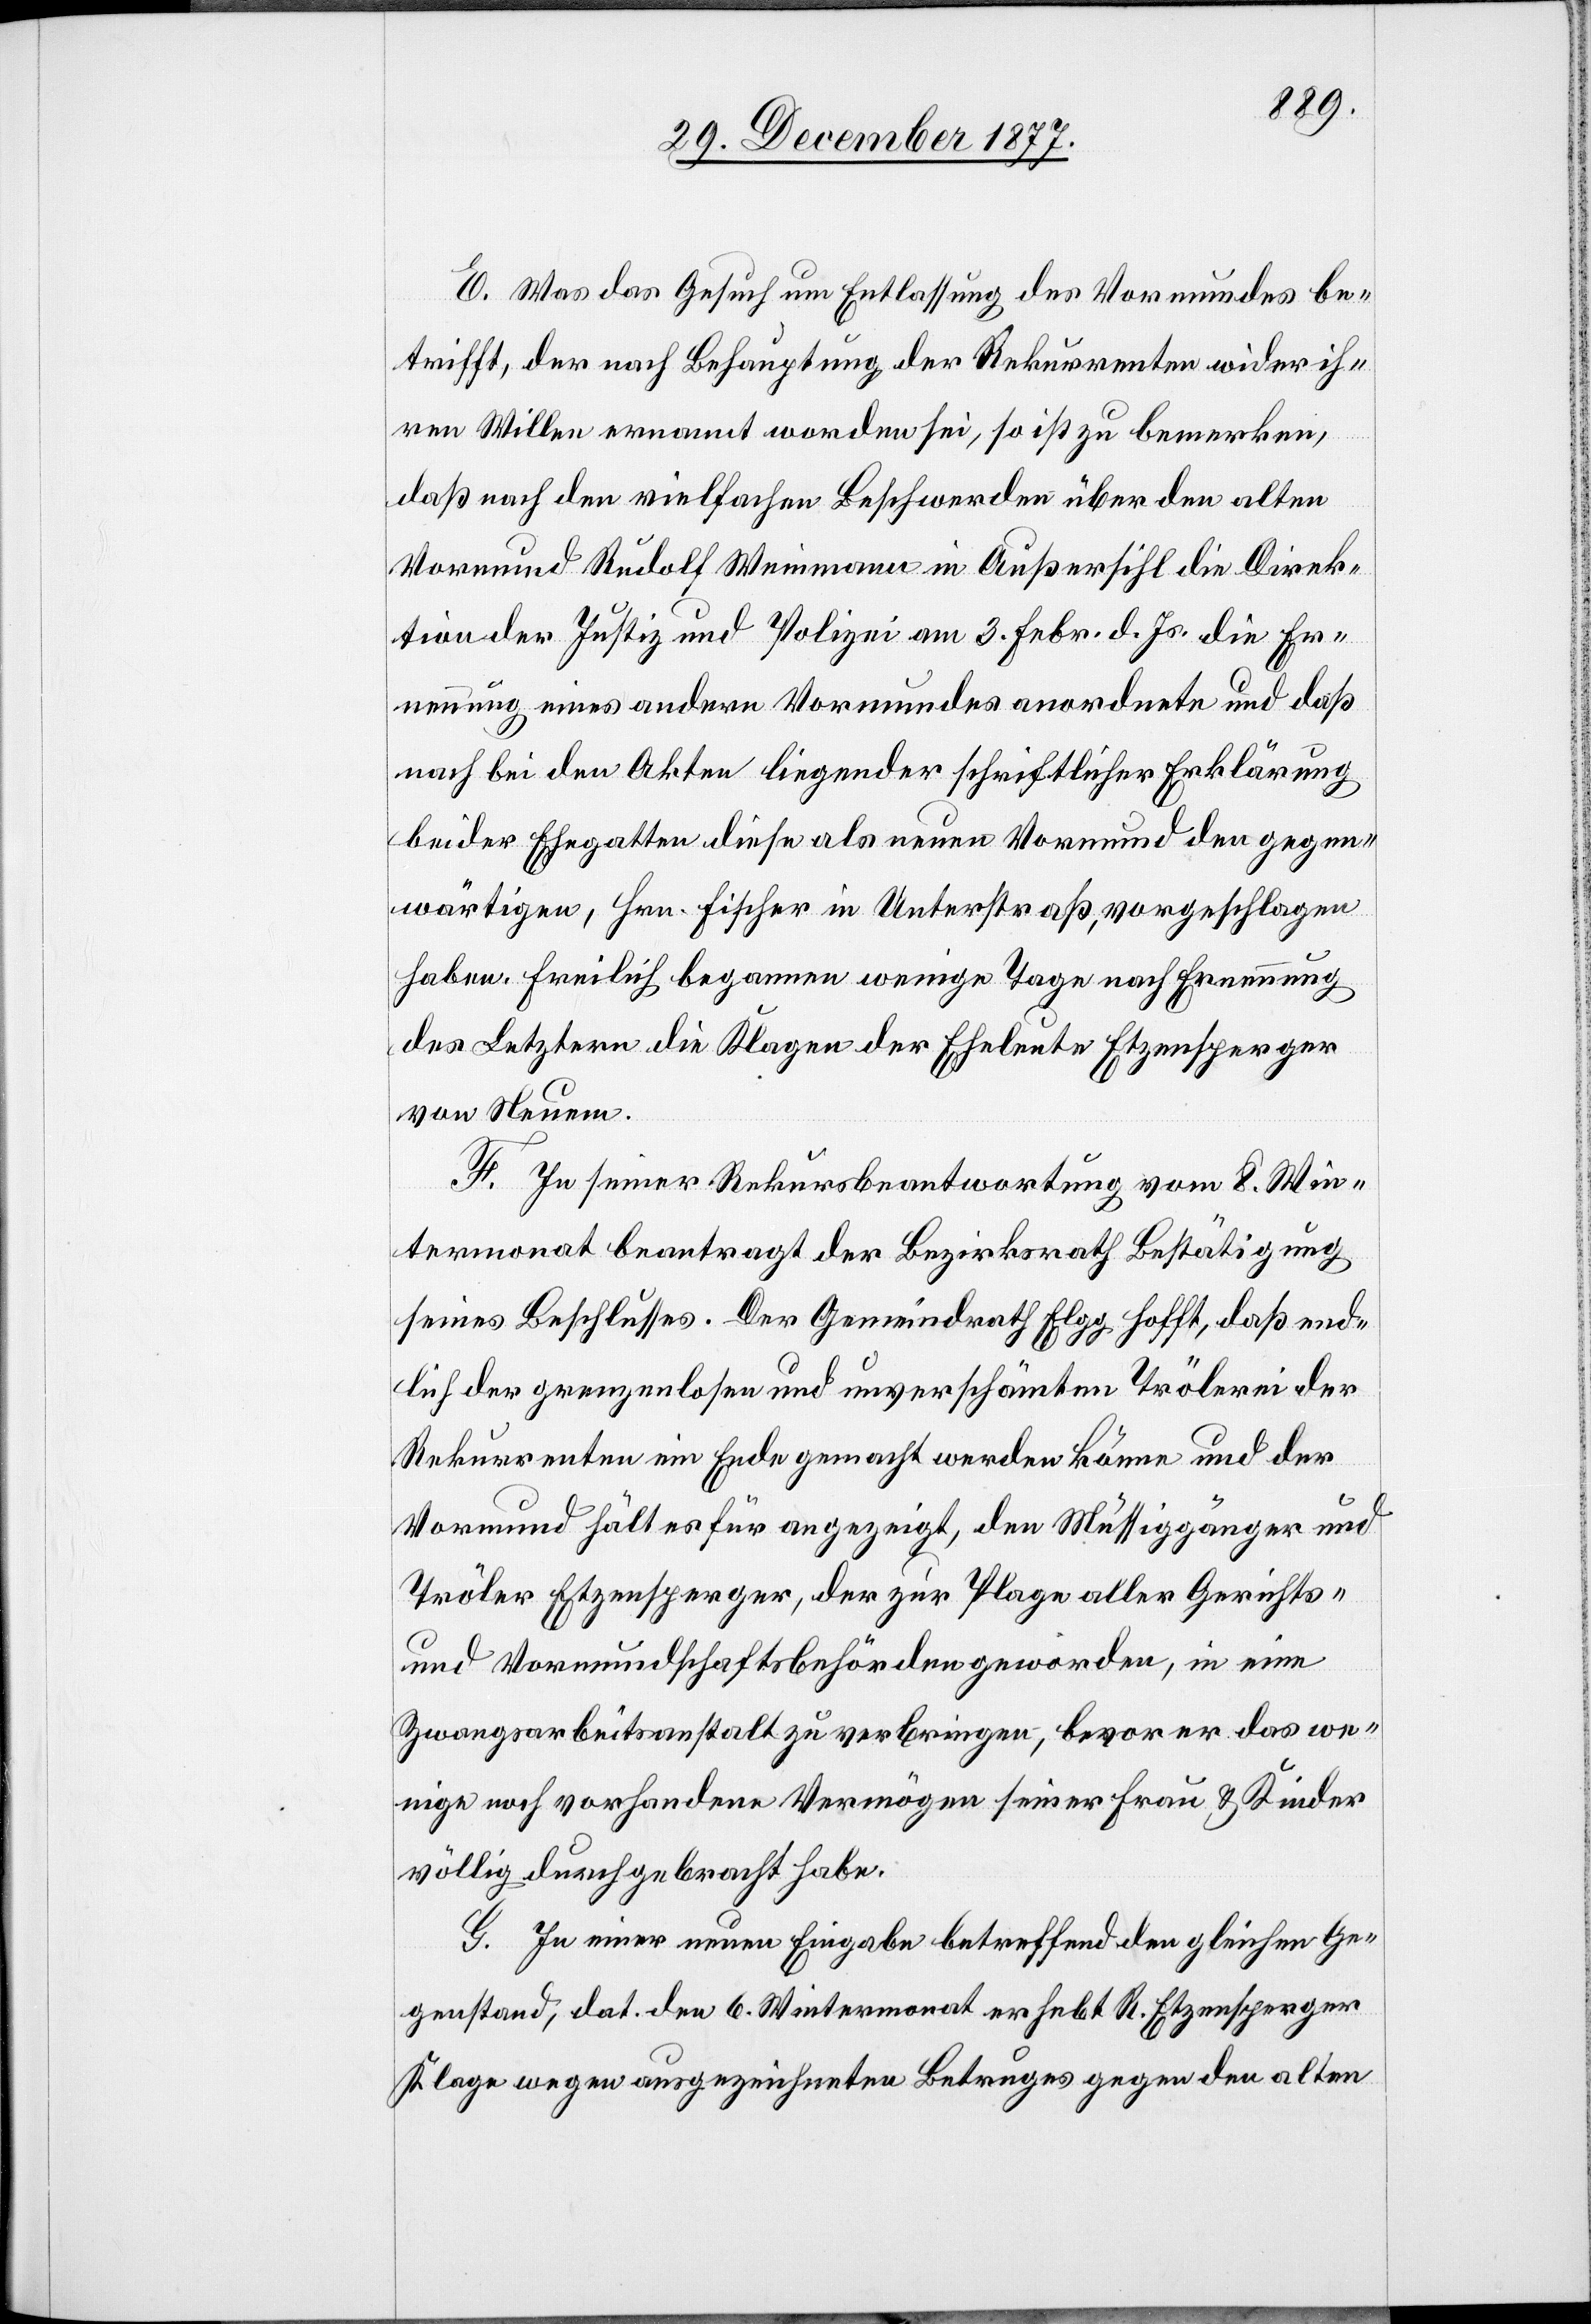
E. Was das Gesuch um Entlassung des Vormundes be¬
trifft, der nach Behauptung der Rekurrenten wider ih¬
ren Willen ernannt worden sei, so ist zu bemerken,
daß nach den vielfachen Beschwerden über den alten
Vormund Rudolf Weinmann in Außersihl die Direk¬
tion der Justiz und Polizei am 3. Febr. d. Js. die Er¬
nennung eines andern Vormundes anordnete und daß
nach bei den Akten liegender schriftlicher Erklärung
beider Ehegatten diese als neuen Vormund den gegen¬
wärtigen, Hrn. Fischer in Unterstraß, vorgeschlagen
haben. Freilich begannen wenige Tage nach Ernennung
des Letztern die Klagen der Eheleute Etzensperger
von Neuem.
F. In seiner Rekursbeantwortung vom 8. Win¬
termonat beantragt der Bezirksrath Bestätigung
seines Beschlusses. Der Gemeindrath Elgg hofft, daß end¬
lich der grenzenlosen und unverschämten Trölerei der
Rekurrenten ein Ende gemacht werden könne und der
Vormund hält es für angezeigt, den Müssiggänger und
Tröler Etzensperger, der zur Plage aller Gerichts-
und Vormundschaftsbehörden geworden, in eine
Zwangsarbeitsanstalt zu verbringen, bevor er das we¬
nige noch vorhandene Vermögen seiner Frau & Kinder
völlig durchgebracht habe.
G. In einer neuen Eingabe betreffend den gleichen Ge¬
genstand, dat. den 6. Wintermonat erhebt R. Etzensperger
Klage wegen ausgezeichneten Betruges gegen den alten